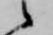
候